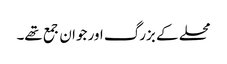
محلے کے بزرگ اور جوان جمع تھے۔